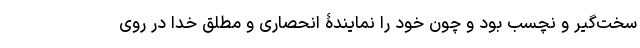
سخت‌گیر و نچسب بود و چون خود را نمایندۀ انحصاری و مطلق خدا در روی